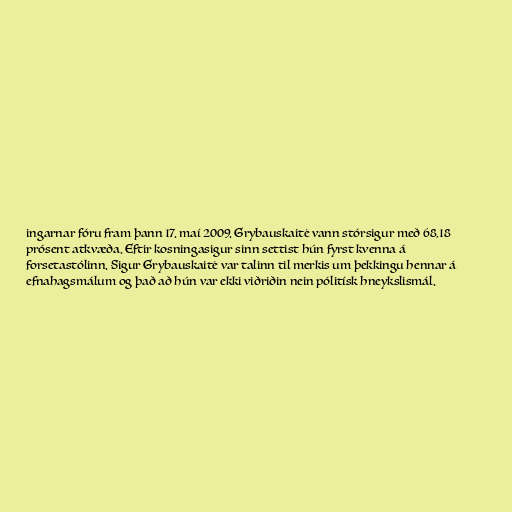
ingarnar fóru fram þann 17. maí 2009. Grybauskaitė vann stórsigur með 68,18
prósent atkvæða. Eftir kosningasigur sinn settist hún fyrst kvenna á
forsetastólinn. Sigur Grybauskaitė var talinn til merkis um þekkingu hennar á
efnahagsmálum og það að hún var ekki viðriðin nein pólitísk hneykslismál.